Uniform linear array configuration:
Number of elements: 12
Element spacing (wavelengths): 0.25
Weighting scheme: binomial
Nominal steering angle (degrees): -45
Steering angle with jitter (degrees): -45.817
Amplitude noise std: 0.05
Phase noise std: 0.05

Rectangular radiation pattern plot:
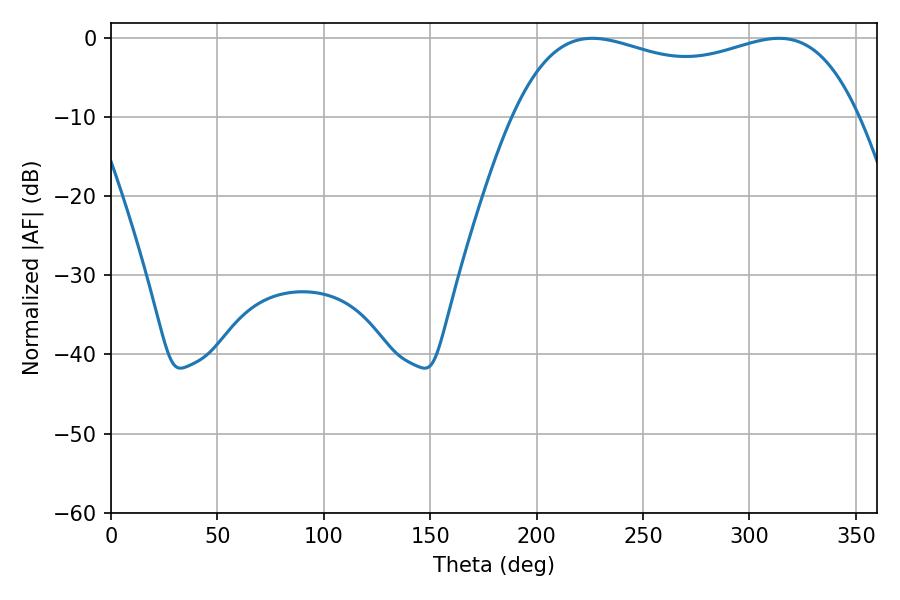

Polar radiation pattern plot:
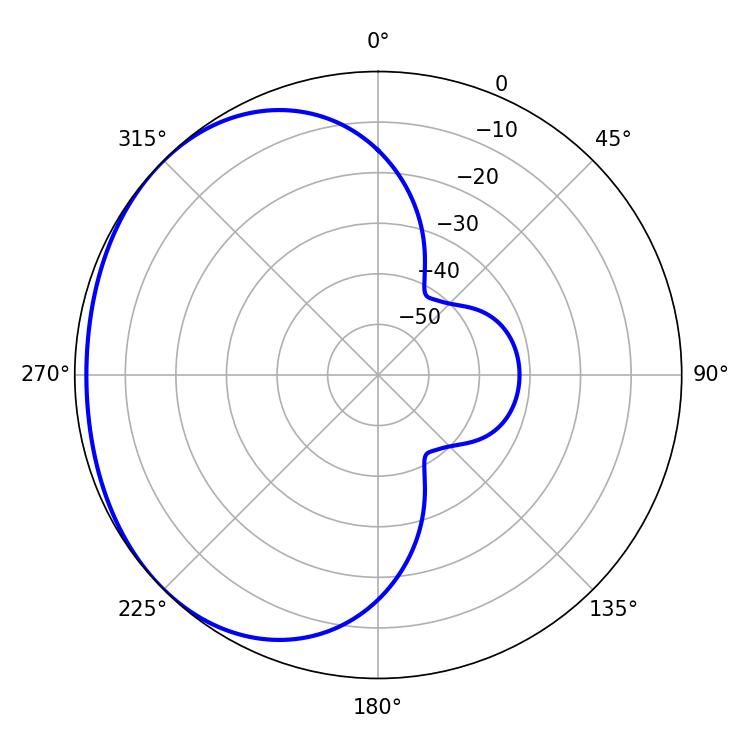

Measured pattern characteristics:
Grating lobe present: FALSE
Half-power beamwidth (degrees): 132.48
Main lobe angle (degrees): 226.08